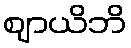
ဈာယိဘိ